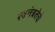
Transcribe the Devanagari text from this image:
स्वतंत्रतेचे